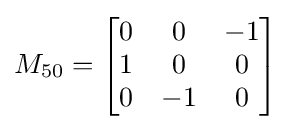
M_{50}={\begin{bmatrix}0&0&-1\\1&0&0\\0&-1&0\end{bmatrix}}